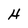
Character: H